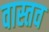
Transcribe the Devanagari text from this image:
वास्तव